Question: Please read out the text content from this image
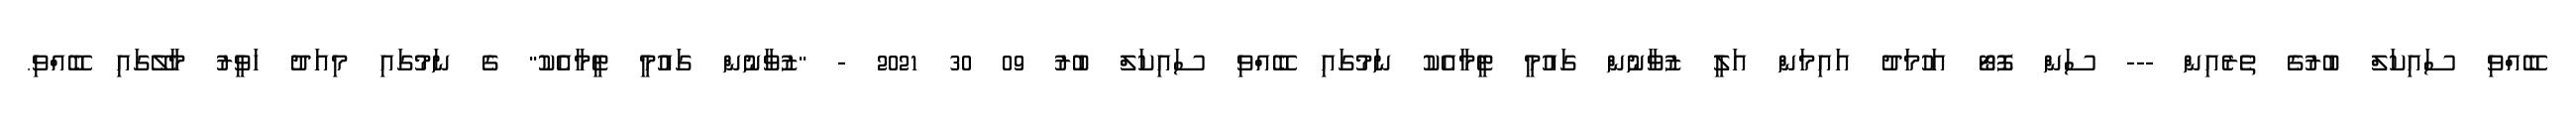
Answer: ބޭއްވި ސައިކަލް ބުރުގެ ތެރެއިން --- ސަން ފޮޓޯ އަހުމަދު އައިމަން އަލީ ޒުވާނުން ގައުމީ ޓީމާއެކު ނަމުގައި ބޭއްވި ސައިކަލް ބުރު 09 30 2021 - "ޒުވާނުން ގައުމީ ޓީމާއެކު" ގެ ނަމުގައި މިއަދު ހަވީރު މާލޭގައި ބޭއްވި.